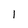
Character: 1